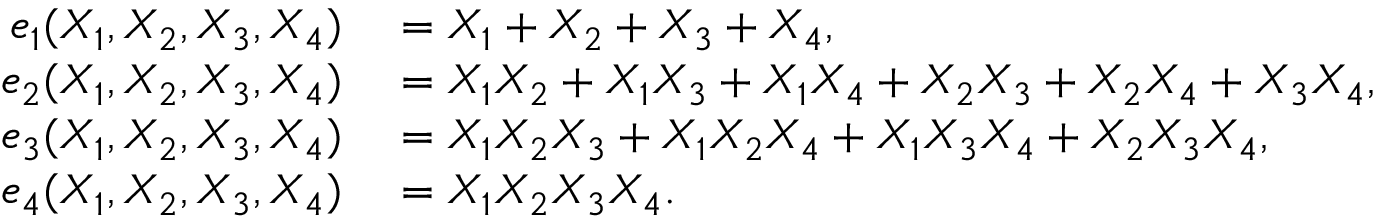
\begin{array} { r l } { e _ { 1 } ( X _ { 1 } , X _ { 2 } , X _ { 3 } , X _ { 4 } ) } & { { } = X _ { 1 } + X _ { 2 } + X _ { 3 } + X _ { 4 } , } \\ { e _ { 2 } ( X _ { 1 } , X _ { 2 } , X _ { 3 } , X _ { 4 } ) } & { { } = X _ { 1 } X _ { 2 } + X _ { 1 } X _ { 3 } + X _ { 1 } X _ { 4 } + X _ { 2 } X _ { 3 } + X _ { 2 } X _ { 4 } + X _ { 3 } X _ { 4 } , } \\ { e _ { 3 } ( X _ { 1 } , X _ { 2 } , X _ { 3 } , X _ { 4 } ) } & { { } = X _ { 1 } X _ { 2 } X _ { 3 } + X _ { 1 } X _ { 2 } X _ { 4 } + X _ { 1 } X _ { 3 } X _ { 4 } + X _ { 2 } X _ { 3 } X _ { 4 } , } \\ { e _ { 4 } ( X _ { 1 } , X _ { 2 } , X _ { 3 } , X _ { 4 } ) } & { { } = X _ { 1 } X _ { 2 } X _ { 3 } X _ { 4 } . \, } \end{array}